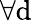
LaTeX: \forall\mathrm{d}